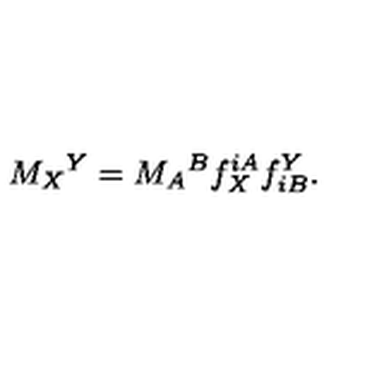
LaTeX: M _ { X } { } ^ { Y } = M _ { A } { } ^ { B } f _ { X } ^ { i A } f _ { i B } ^ { Y } .